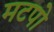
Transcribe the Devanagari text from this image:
मटपो